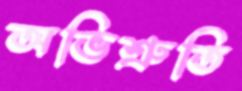
অভিশ্রুতি